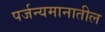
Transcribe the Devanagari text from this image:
पर्जन्यमानातील